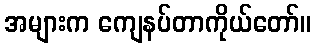
အများက ကျေနပ်တာကိုယ်တော်။